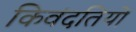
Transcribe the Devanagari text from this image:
किवंदतियों